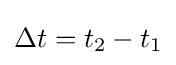
\Delta t=t_{2}-t_{1}